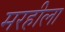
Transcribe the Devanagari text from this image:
मरहीला